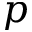
p